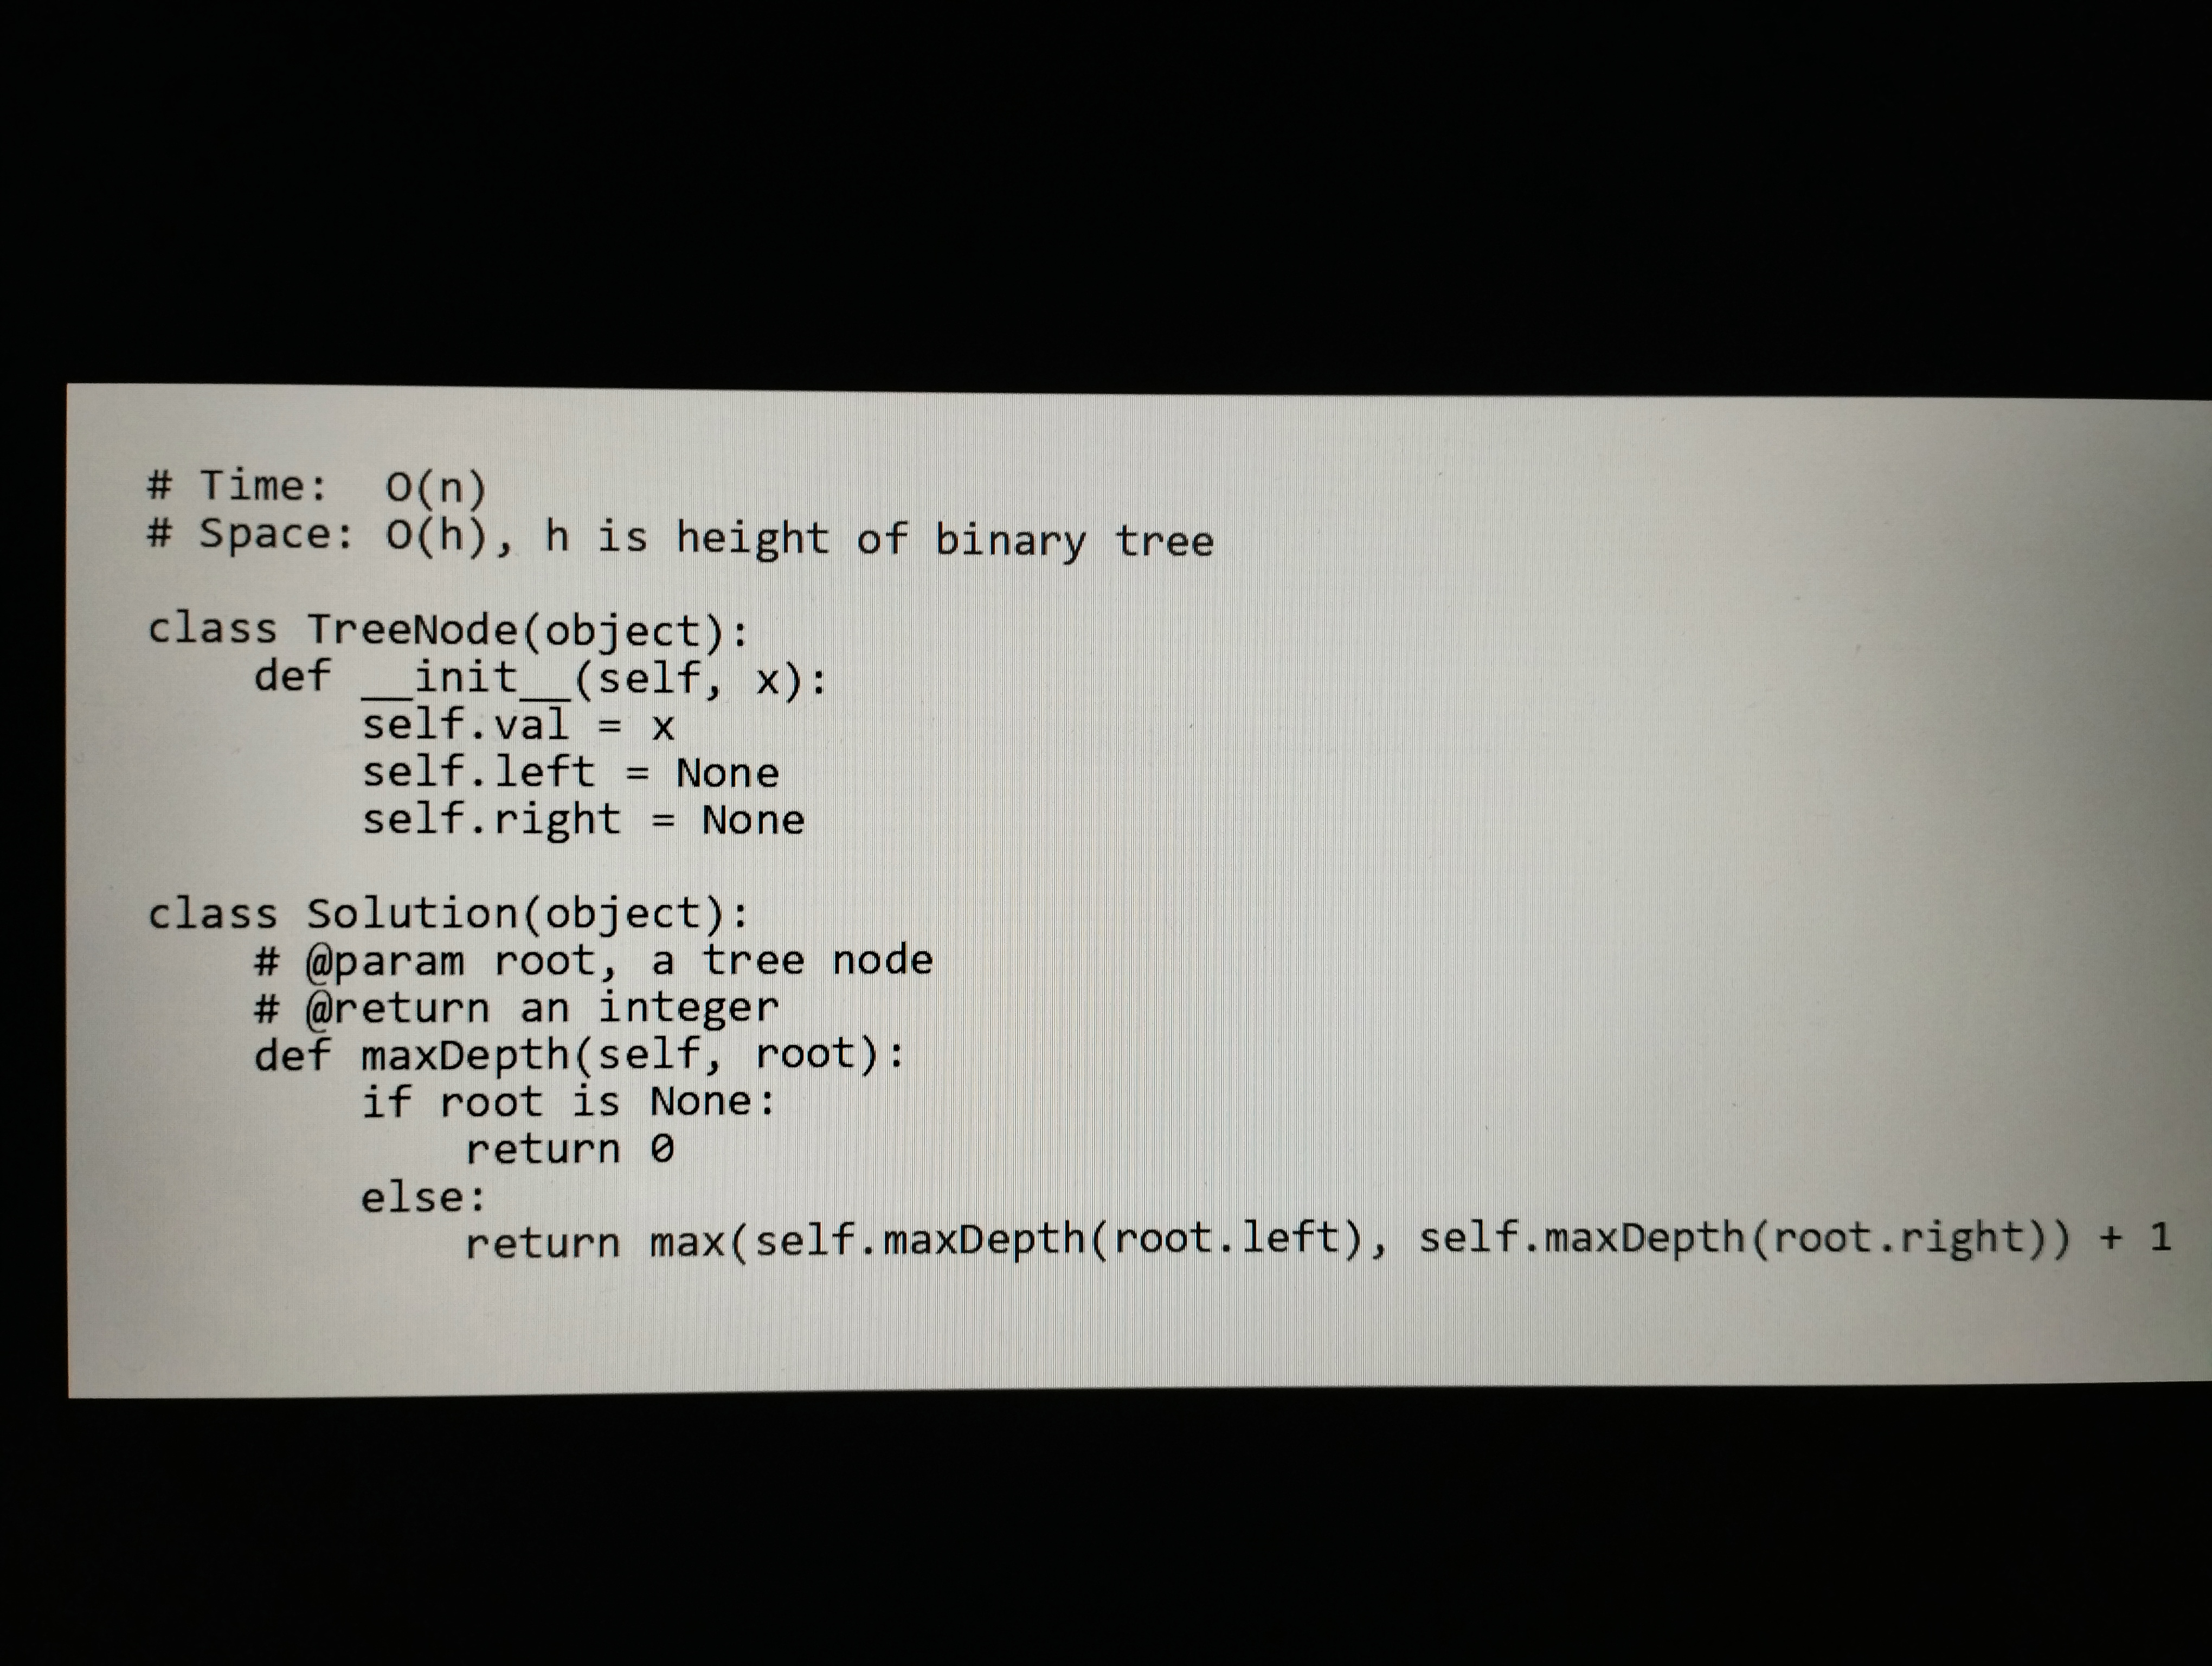
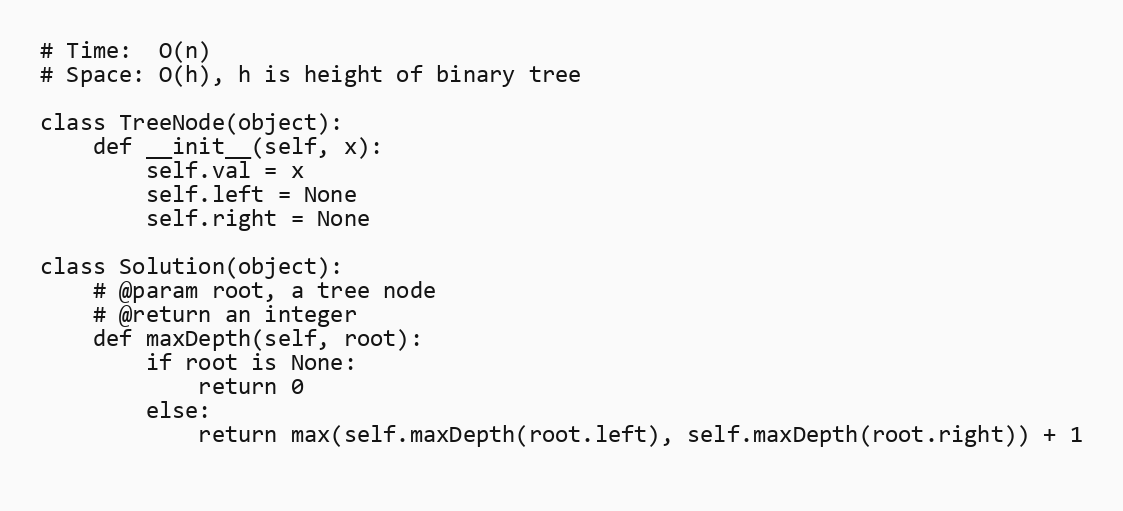
# Time:  O(n)
# Space: O(h), h is height of binary tree

class TreeNode(object):
    def __init__(self, x):
        self.val = x
        self.left = None
        self.right = None

class Solution(object):
    # @param root, a tree node
    # @return an integer
    def maxDepth(self, root):
        if root is None:
            return 0
        else:
            return max(self.maxDepth(root.left), self.maxDepth(root.right)) + 1